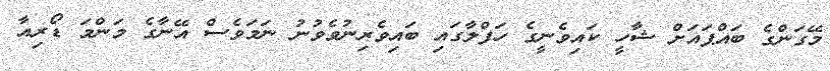
މޭގަންގެ ބައްޕައަށް ޝާހީ ކައިވެނީގެ ހަފްލާގައި ބައިވެރިނުވެވުނު ނަމަވެސް އޭނާގެ މަންމަ ޑޯރިއާ